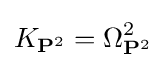
K_{\mathbf {P} ^{2}}=\Omega _{\mathbf {P} ^{2}}^{2}